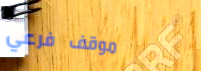
موقف فرعي